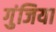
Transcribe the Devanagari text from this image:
गुंजिया